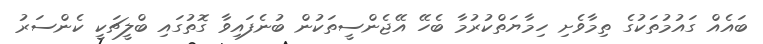
ބައެއް ގައުމުތަކުގެ ތިމާވެށި ހިމާޔަތްކުރުމާ ބެހޭ އޭޖެންސީތަކުން ބުނެފައިވާ ގޮތުގައި ބްލީޗަކީ ކެންސަރު